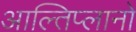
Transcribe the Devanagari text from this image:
आल्तिप्लानो